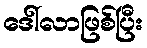
ဒေါ်လာဖြစ်ပြီး